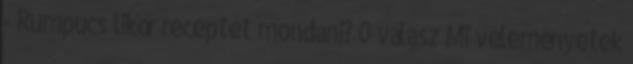
- Rumpucs likőr receptet mondani? 0 válasz Mi véleményetek